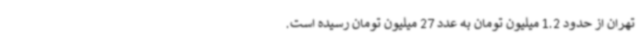
تهران از حدود 1.2 میلیون تومان به عدد 27 میلیون تومان رسیده است.